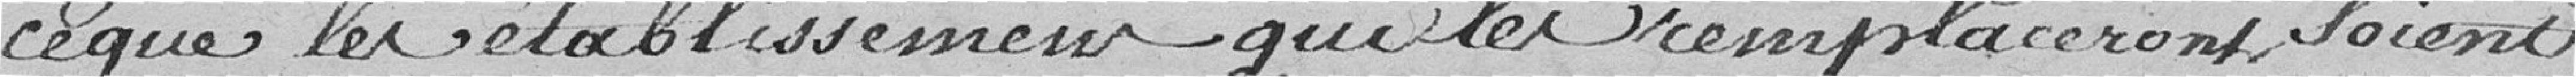
ce que les établissement qui des remplaceront, soient